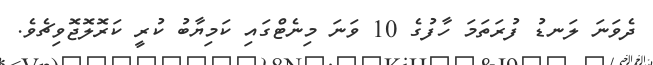
ދެވަނަ ލަނޑު ފުރަތަމަ ހާފުގެ 10 ވަނަ މިނެޓްގައި ކަމިޔާބު ކުރީ ކަރޮލޮޖޮވިޗެވެ.